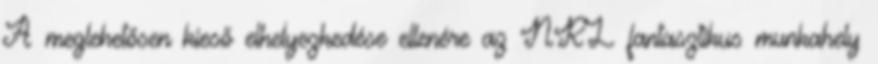
A meglehetősen kieső elhelyezkedése ellenére az NRL fantasztikus munkahely